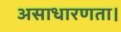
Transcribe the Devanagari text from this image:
असाधारणता।